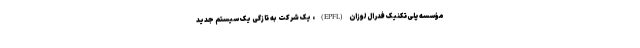
مؤسسه پلی‌تکنیک فدرال لوزان(EPFL)، یک شرکت به تازگی یک سیستم جدید